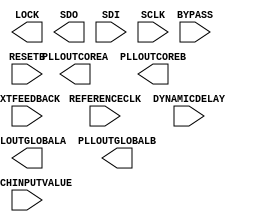
/* verilator lint_off UNUSED */
/* verilator lint_off UNDRIVEN */
(* blackbox *)
module SB_PLL40_2F_CORE (
	input   REFERENCECLK,
	output  PLLOUTCOREA,
	output  PLLOUTGLOBALA,
	output  PLLOUTCOREB,
	output  PLLOUTGLOBALB,
	input   EXTFEEDBACK,
	input   [7:0] DYNAMICDELAY,
	output  LOCK,
	input   BYPASS,
	input   RESETB,
	input   LATCHINPUTVALUE,
	output  SDO,
	input   SDI,
	input   SCLK
);
	parameter FEEDBACK_PATH = "SIMPLE";
	parameter DELAY_ADJUSTMENT_MODE_FEEDBACK = "FIXED";
	parameter DELAY_ADJUSTMENT_MODE_RELATIVE = "FIXED";
	parameter SHIFTREG_DIV_MODE = 1'b0;
	parameter FDA_FEEDBACK = 4'b0000;
	parameter FDA_RELATIVE = 4'b0000;
	parameter PLLOUT_SELECT_PORTA = "GENCLK";
	parameter PLLOUT_SELECT_PORTB = "GENCLK";
	parameter DIVR = 4'b0000;
	parameter DIVF = 7'b0000000;
	parameter DIVQ = 3'b000;
	parameter FILTER_RANGE = 3'b000;
	parameter ENABLE_ICEGATE_PORTA = 1'b0;
	parameter ENABLE_ICEGATE_PORTB = 1'b0;
	parameter TEST_MODE = 1'b0;
	parameter EXTERNAL_DIVIDE_FACTOR = 1;
endmodule
/* verilator lint_on UNUSED */
/* verilator lint_on UNDRIVEN */